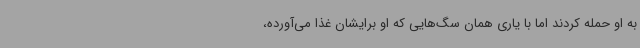
به او حمله کردند اما با یاری همان سگ‌هایی که او برایشان غذا می‌آورده،